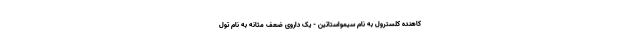
کاهنده کلسترول به نام سیمواستاتین - یک داروی ضعف مثانه به نام تول